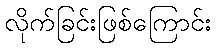
လိုက်ခြင်းဖြစ်ကြောင်း